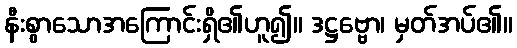
နီးစွာသောအကြောင်းရှိ၏ဟူ၍။ ဒဋ္ဌဗ္ဗော၊ မှတ်အပ်၏။